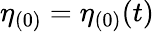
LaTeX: \eta_{(0)}=\eta_{(0)}(t)